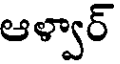
ఆళ్వార్